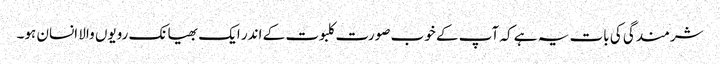
شرمندگی کی بات یہ ہے کہ آپ کے خوب صورت کلبوت کے اندر ایک بھیانک رویوں والا انسان ہو۔